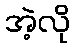
အဲ့လို